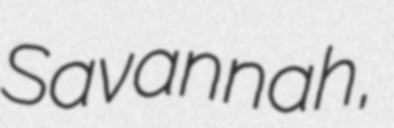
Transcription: Savannah,